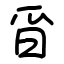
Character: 㸓